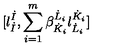
\lbrack l _ { \dot { I } } ^ { \dot { I } } , \sum _ { i = 1 } ^ { m } \beta _ { \dot { K } _ { i } } ^ { \dot { L } _ { i } } l _ { \dot { L } _ { i } } ^ { \dot { K } _ { i } } \rbrack